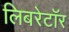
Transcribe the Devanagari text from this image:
लिबरेटॉर